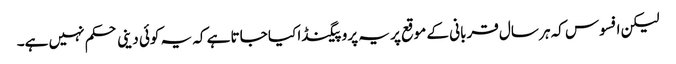
لیکن افسوس کہ ہر سال قربانی کے موقع پر یہ پروپیگنڈا کیا جاتا ہے کہ یہ کوئی دینی حکم نہیں ہے۔